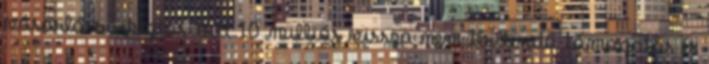
vásárlásra biztosított 10 milliós vissza nem térítendő támogatás és